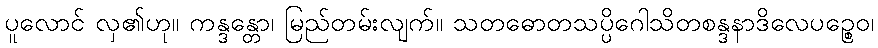
ပူလောင် လှ၏ဟု။ ကန္ဒန္တော၊ မြည်တမ်းလျက်။ သတဓောတသပ္ပိဂေါသိတစန္ဒနာဒိလေပဉ္စေဝ၊